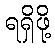
ရရှိဖို့